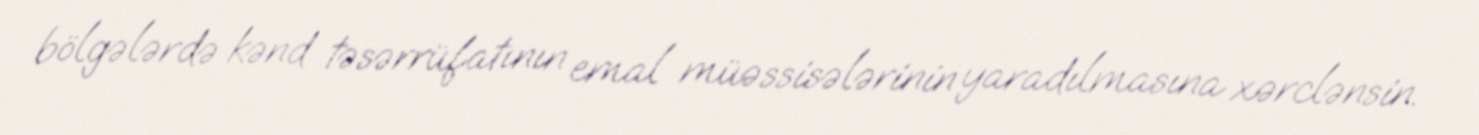
bölgələrdə kənd təsərrüfatının emal müəssisələrinin yaradılmasına xərclənsin.